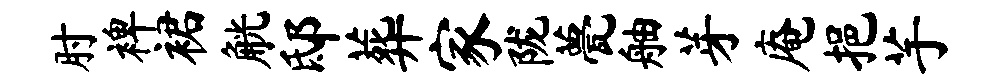
肘裨裙觥邸葬家陇甍舳芽庵挹芋